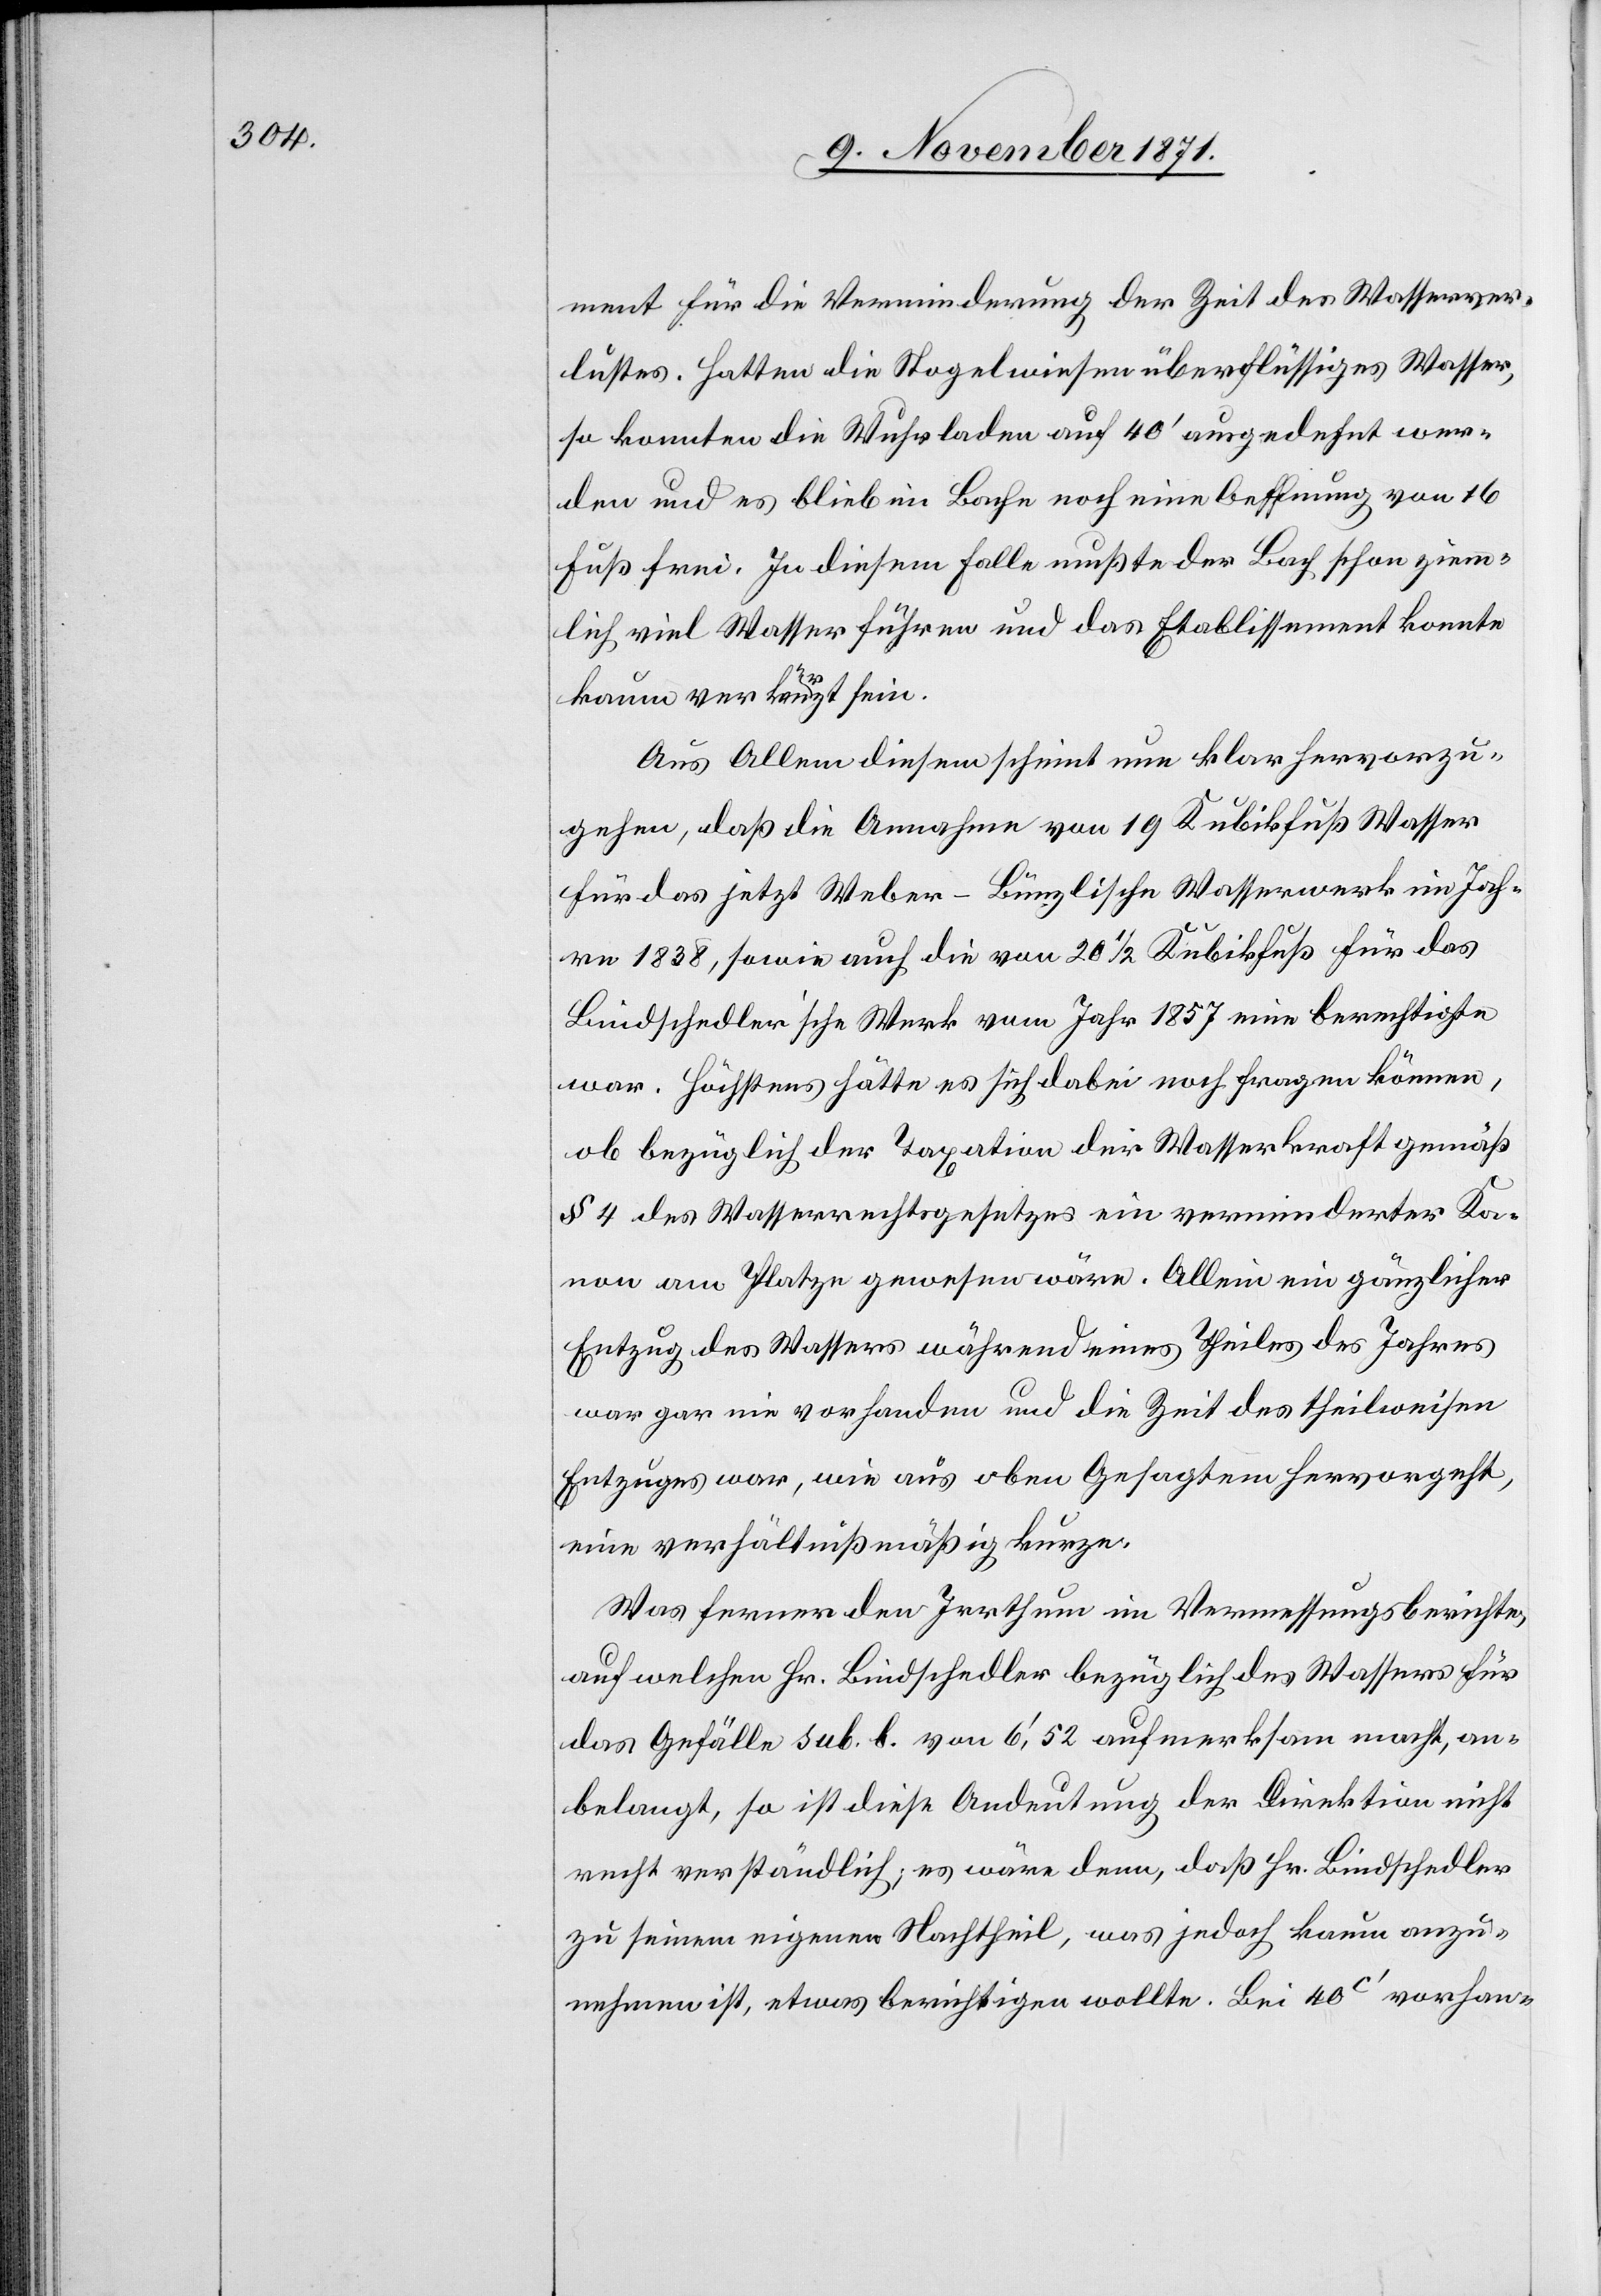
ment für die Verminderung der Zeit des Wasserver¬
lustes. Hatten die Stogelwiesen überflüssiges Wasser,
so konnten die Wuhrladen auf 40’ ausgedehnt wer¬
den und es blieb im Bache noch eine Oeffnung von 16
Fuß frei. In diesem Falle mußte der Bach schon ziem¬
lich viel Wasser führen und das Etablissement konnte
kaum verkürzt sein.
Aus Allem diesem scheint nun klar hervorzu¬
gehen, daß die Annahme von 19 Kubikfuß Wasser
für das jetzt Weber-Bünzlische Wasserwerk im Jah¬
re 1838, sowie auf die von 20 1/2 Kubikfuß für das
Bindschedler’sche Werk vom Jahr 1857 eine berechtigte
war. Höchstens hätte es sich dabei noch fragen können,
ob bezüglich der Taxation der Wasserkraft gemäß
§ 4 des Wasserrechtsgesetzes ein verminderter Ka¬
non am Platze gewesen wäre. Allein ein gänzlicher
Entzug des Wassers während eines Theiles des Jahres
war gar nie vorhanden und die Zeit des theilweisen
Entzuges war, wie aus oben Gesagtem hervorgeht
eine verhältnißmäßig kurze.
Was ferner den Irrthum im Vermessungsberichte,
auf welchen Hr. Bindschedler bezüglich des Wassers für
das Gefälle sub. b. von 6,’52 aufmerksam macht, an¬
belangt, so ist diese Andeutung der Direktion nicht
recht verständlich; es wäre denn, daß Hr. Bindschedler
zu seinem eigenen Nachtheil, was jedoch kaum anzu¬
nehmen ist, etwas berichtigen wollte. Bei 40c’ vorhan-